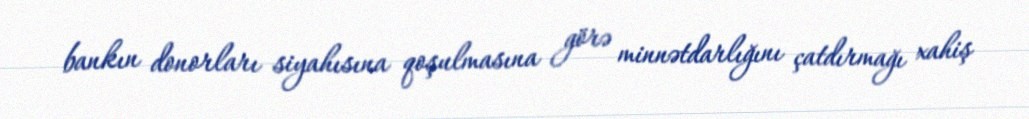
bankın donorları siyahısına qoşulmasına görə minnətdarlığını çatdırmağı xahiş